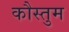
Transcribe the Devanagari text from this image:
कौस्तुम